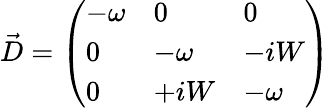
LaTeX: \vec{D}=\left(\begin{array}{lll}{-{\omega}}&{0}&{0}\\ {0}&{-{\omega}}&{-iW}\\ {0}&{+iW}&{-{\omega}}\end{array}\right)